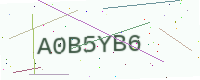
Text: A0B5YB6